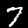
Digit: 7